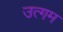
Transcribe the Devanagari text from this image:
उत्गम